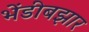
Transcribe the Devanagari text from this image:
भेंडीबझार